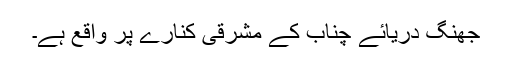
جھنگ دریائے چناب کے مشرقی کنارے پر واقع ہے۔